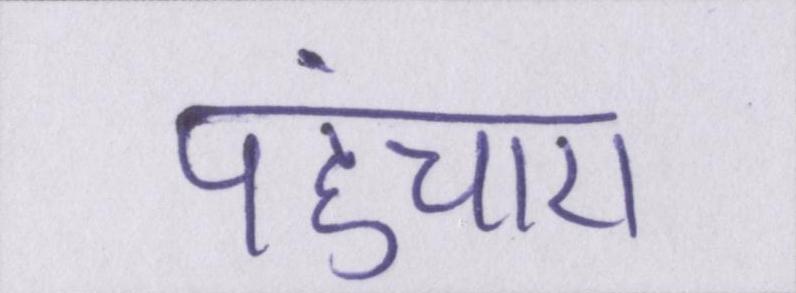
पहुंचाए